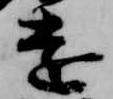
遠